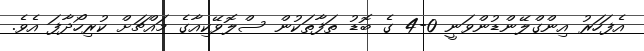
އެފަހަރު އިންގްލޭންޑުންވަނީ 0-4 ގެ ބޮޑު ތަފާތަކުން ސްލޮވޭކިއާގެ މައްޗަށް ކުރިހޯދާފަ އެވެ.